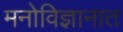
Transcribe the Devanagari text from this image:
मनोविज्ञानात